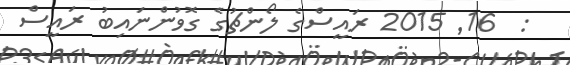
:  16